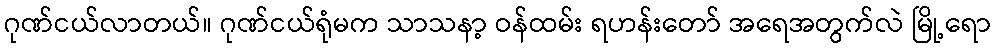
ဂုဏ်ငယ်လာတယ်။ ဂုဏ်ငယ်ရုံမက သာသနာ့ ဝန်ထမ်း ရဟန်းတော် အရေအတွက်လဲ မြို့ရော